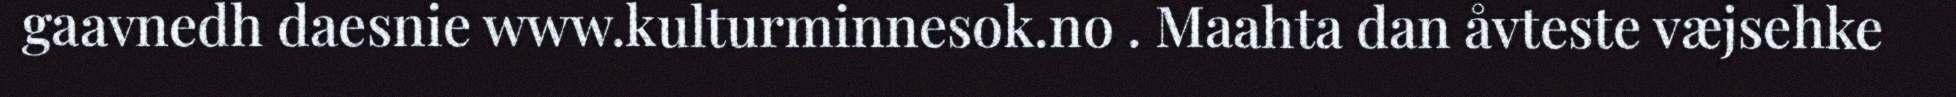
gaavnedh daesnie www.kulturminnesok.no . Maahta dan åvteste væjsehke